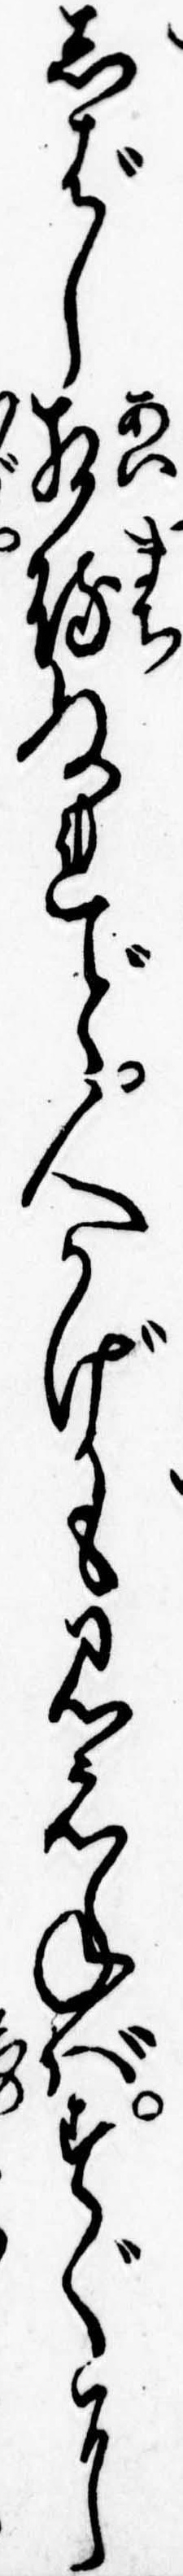
しばし相待ぬれど人かげも見えねばすぐに